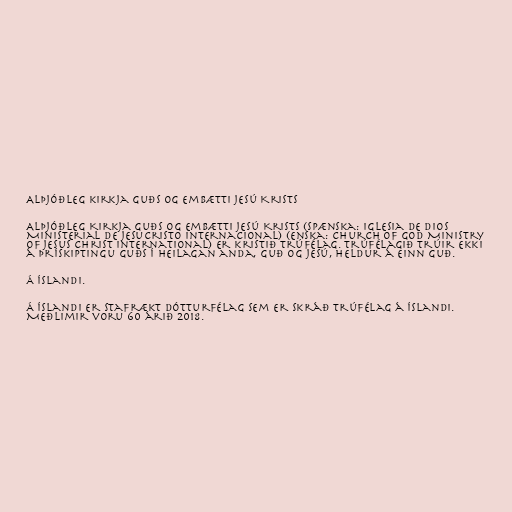
Alþjóðleg kirkja Guðs og embætti Jesú Krists

Alþjóðleg Kirkja Guðs og Embætti Jesú Krists (Spænska: Iglesia de Dios
Ministerial de Jesucristo Internacional) (Enska: Church of God Ministry
of Jesus Christ International) er kristið trúfélag. Trúfélagið trúir ekki
á þrískiptingu guðs í heilagan anda, guð og Jesú, heldur á einn guð.

Á Íslandi.

Á Íslandi er stafrækt dótturfélag sem er skráð trúfélag á Íslandi.
Meðlimir voru 60 árið 2018.